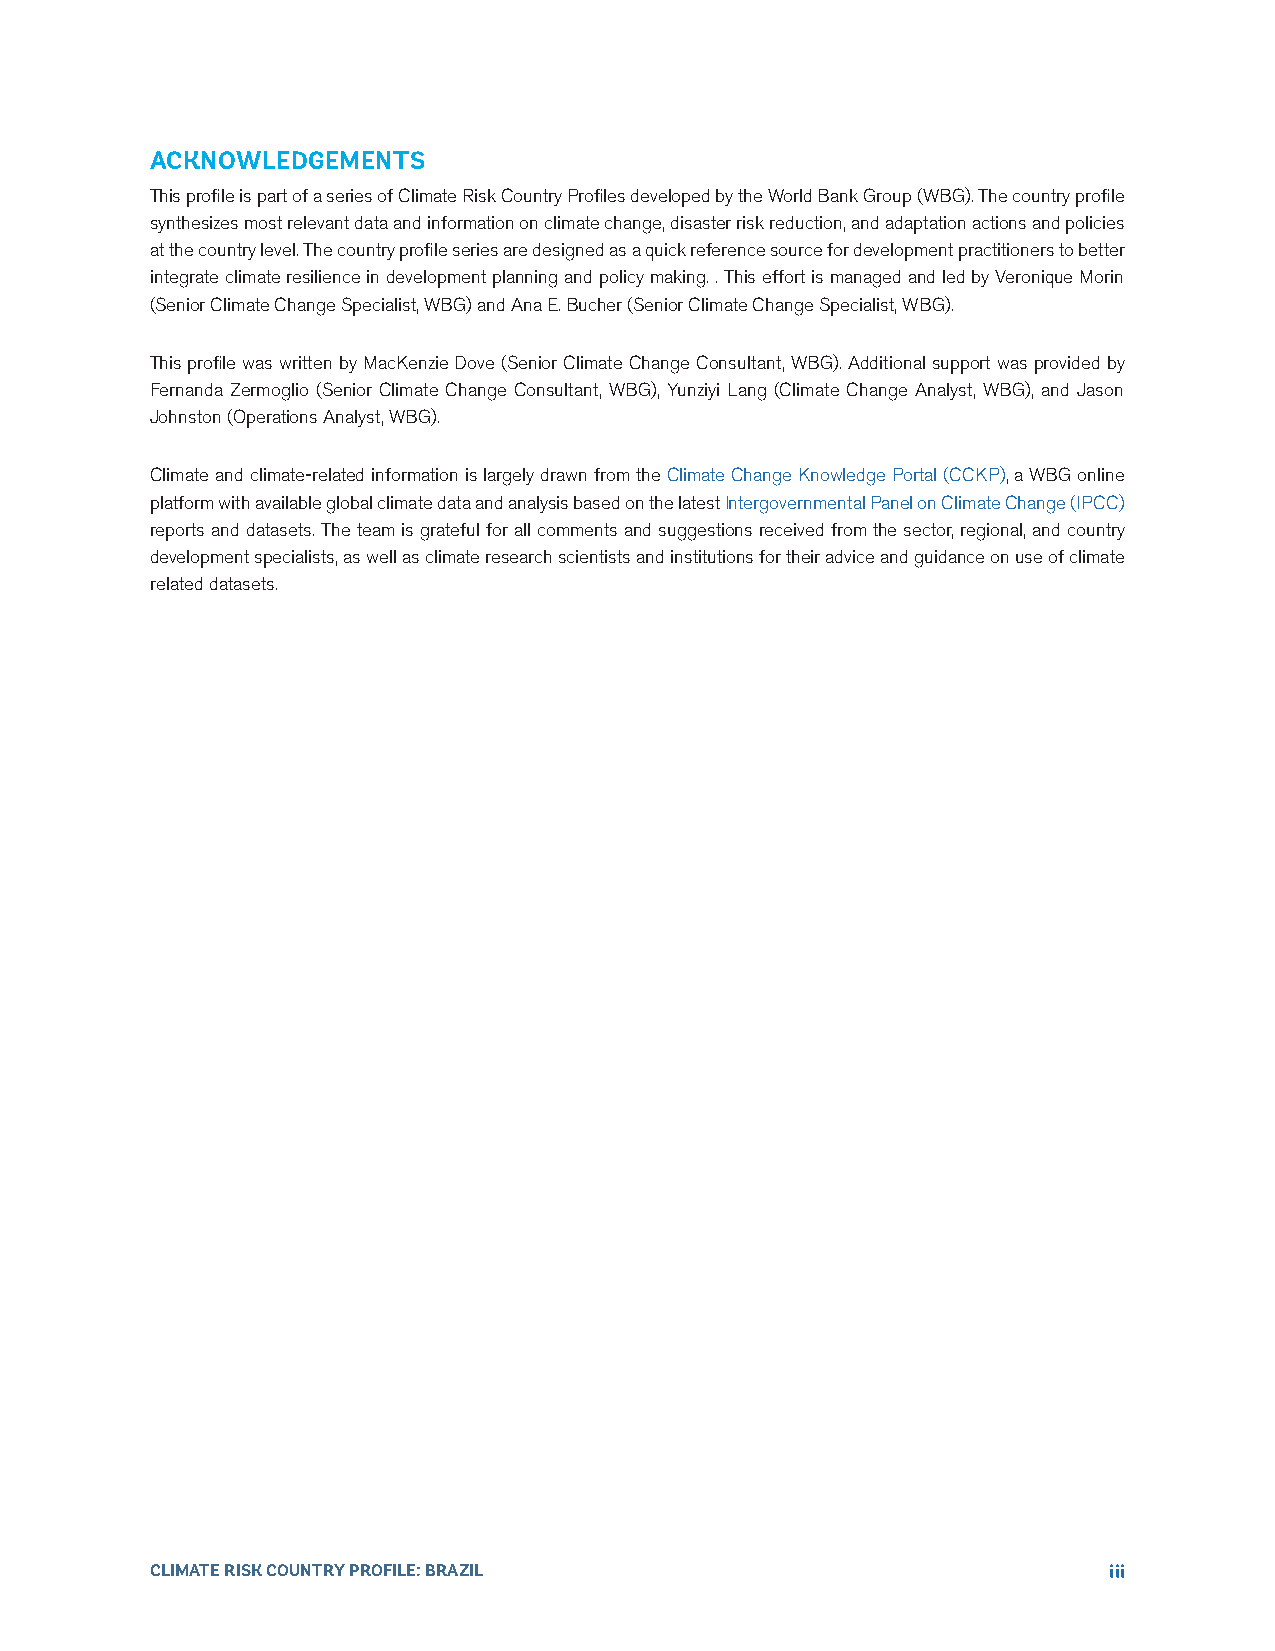
ACKNOWLEDGEMENTS
 This profile is part of a series of Climate Risk Country Profiles developed by the World Bank Group (WBG). The country profile
 synthesizes most relevant data and information on climate change, disaster risk reduction, and adaptation actions and policies
 at the country level. The country profile series are designed as a quick reference source for development practitioners to better
 integrate climate resilience in development planning and policy making. . This effort is managed and led by Veronique Morin
 (Senior Climate Change Specialist, WBG) and Ana E. Bucher (Senior Climate Change Specialist, WBG).
 This profile was written by MacKenzie Dove (Senior Climate Change Consultant, WBG). Additional support was provided by
 Fernanda Zermoglio (Senior Climate Change Consultant, WBG), Yunziyi Lang (Climate Change Analyst, WBG), and Jason
 Johnston (Operations Analyst, WBG).
 Climate and climate-related information is largely drawn from the Climate Change Knowledge Portal (CCKP), a WBG online
 platform with available global climate data and analysis based on the latest Intergovernmental Panel on Climate Change (IPCC)
 reports and datasets. The team is grateful for all comments and suggestions received from the sector, regional, and country
 development specialists, as well as climate research scientists and institutions for their advice and guidance on use of climate
 related datasets.
 CLIMATE RISK COUNTRY PROFILE: BRAZIL                           iii